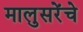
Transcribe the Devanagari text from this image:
मालुसरेंचे